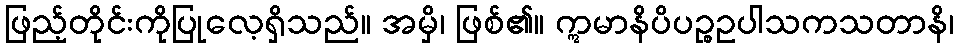
ဖြည့်တိုင်းကိုပြုလေ့ရှိသည်။ အမှိ၊ ဖြစ်၏။ ဣမာနိပိပဉ္စဥပါသကသတာနိ၊